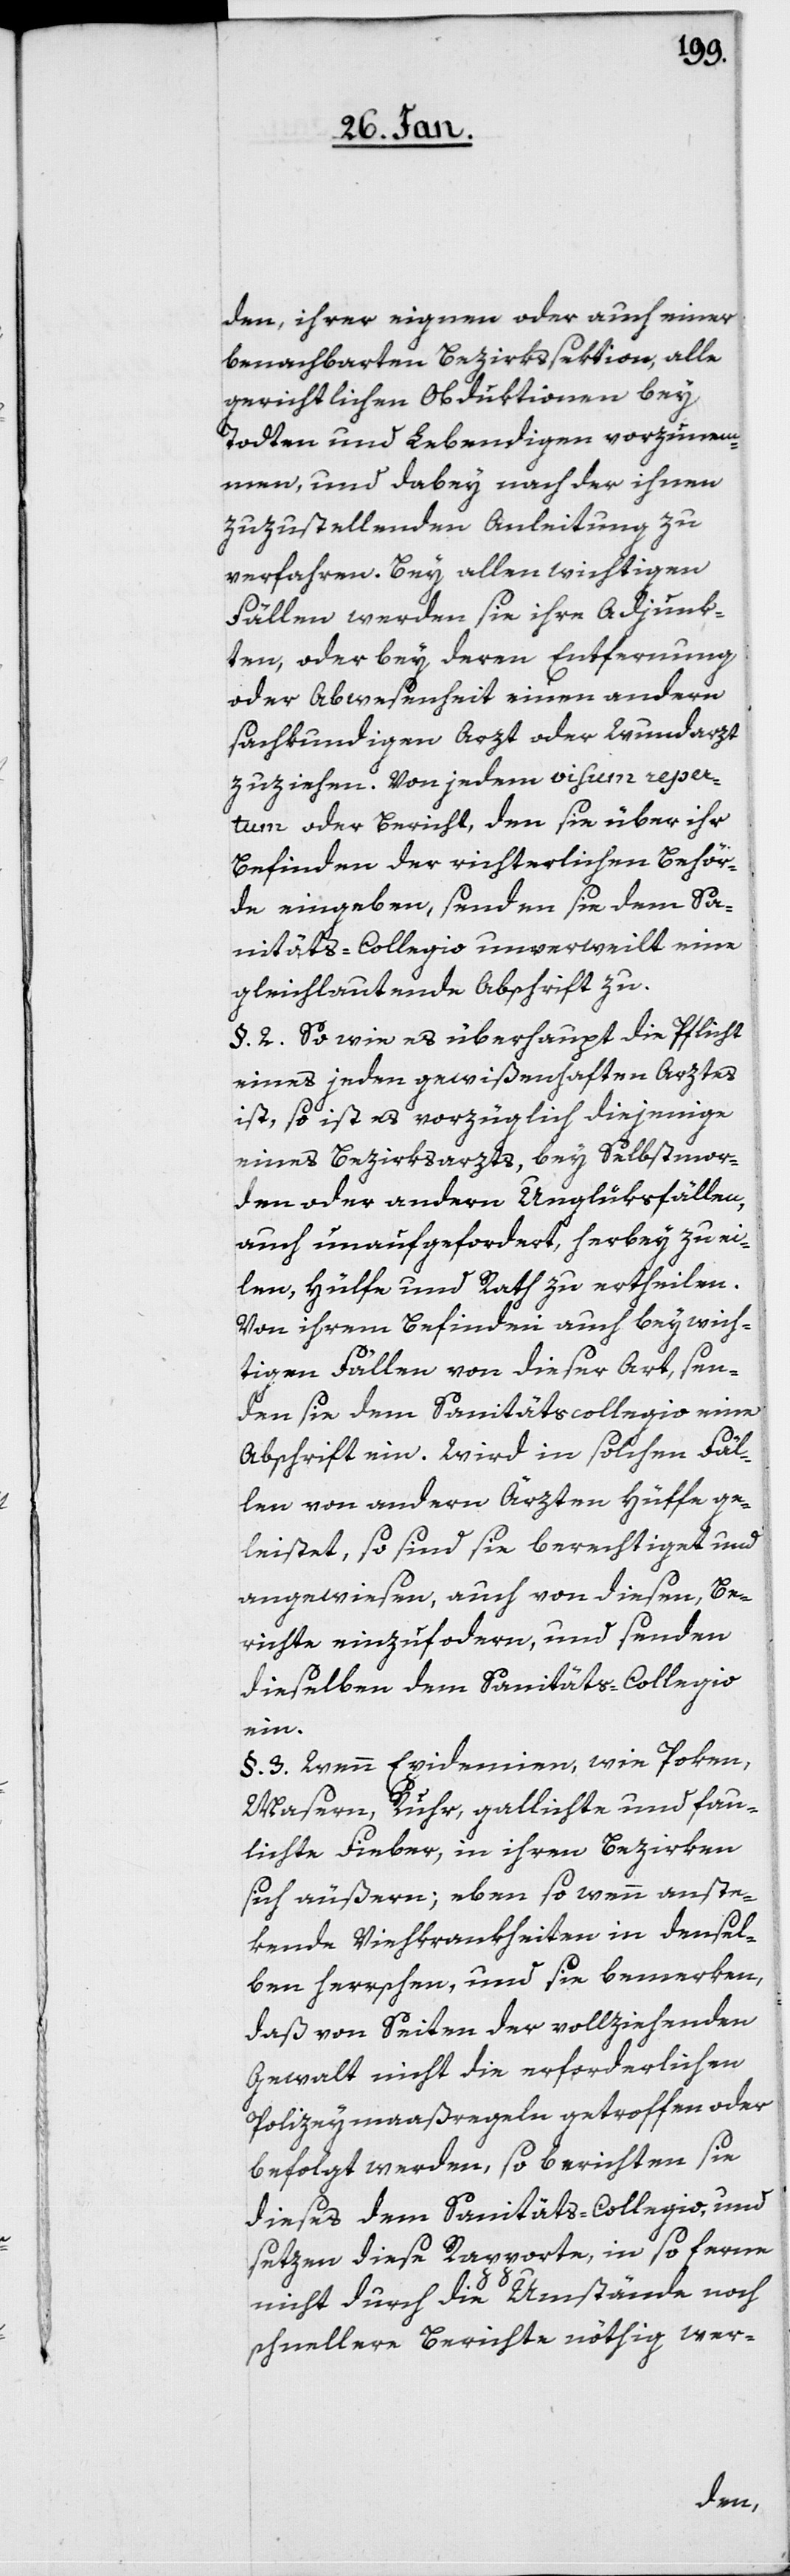
den, ihrer eignen oder auch einer
benachbarten Bezirkssektion, alle
gerichtlichen Obduktionen bey
Todten und Lebendigen vorzunem¬
men, und dabey nach der ihnen
zuzustellenden Anleitung zu
verfahren. Bey allen wichtigen
Fällen werden sie ihre Adjunk¬
ten, oder bey deren Entfernung
oder Abwesenheit einen andern
sachkundigen Arzt oder Wundarzt
zuziehen. Von jedem visum reper¬
tum oder Bericht, den sie über ihr
Befinden der richterlichen Behör¬
de eingeben, senden sie dem Sa¬
nitäts-Collegio unverweilt eine
gleichlautende Abschrift zu.
§. 2. So wie es überhaupt die Pflicht
eines jeden gewißenhaften Arztes
ist, so ist es vorzüglich diejenige
eines Bezirksarzts, bey Selbstmor¬
den oder andern Unglüksfällen,
auch unaufgefordert, herbey zu ei¬
len, Hülfe und Rath zu ertheilen.
Von ihrem Befinden auch bey wich¬
tigen Fällen von dieser Art, sen¬
den sie dem Sanitätscollegio eine
Abschrift ein. Wird in solchen Fäl¬
len von andern Ärzten Hülfe ge¬
leistet, so sind sie berechtiget und
angewiesen, auch von diesen, Be¬
richte einzufordern, und senden
dieselben dem Sanitäts-Collegio
ein.
§. 3. Wenn Epidemien, wie Poken,
Masern, Ruhr, gallichte und fau¬
lichte Fieber, in ihren Bezirken
sich äußern; eben so wenn anste¬
kende Viehkrankheiten in densel¬
ben herrschen, und sie bemerken,
daß von Seiten der vollziehenden
Gewalt nicht die erforderlichen
Polizeymaaßregeln getroffen oder
befolgt werden, so berichten sie
dieses dem Sanitäts-Collegio, und
setzen diese Rapporte, in so ferne
nicht durch die Umstände noch
schnellere Berichte nöthig wer-
[hö]r¬